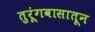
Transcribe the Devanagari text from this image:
तुरूंगवासातून